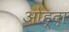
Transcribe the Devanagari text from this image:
ओह्दा